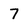
Character: 7